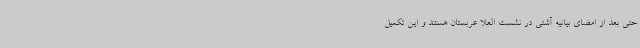
حتی بعد از امضای بیانیه آشتی در نشست العلا عربستان هستند و این تکمیل